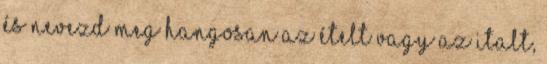
és nevezd meg hangosan az ételt vagy az italt,